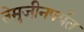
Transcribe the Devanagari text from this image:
तेमुजीनपर्यंत